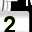
Digit: 2